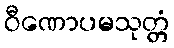
ဝီဏောပမသုတ္တံ